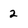
Character: 2